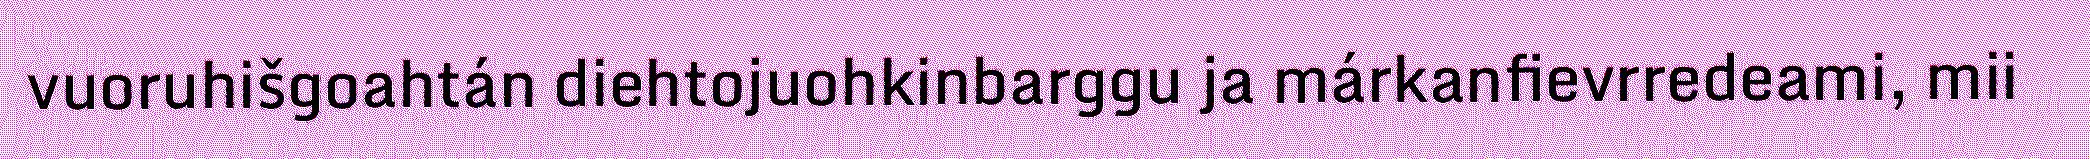
vuoruhišgoahtán diehtojuohkinbarggu ja márkanfievrredeami, mii